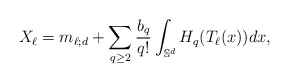
\begin{align*}X_\ell=m_{\ell;d}+\sum_{q \geq 2} \frac{b_q}{q!} \int_{\mathbb S^d} H_q(T_\ell(x)) dx,\end{align*}